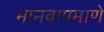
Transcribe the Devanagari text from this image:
मानवाप्रमाणे